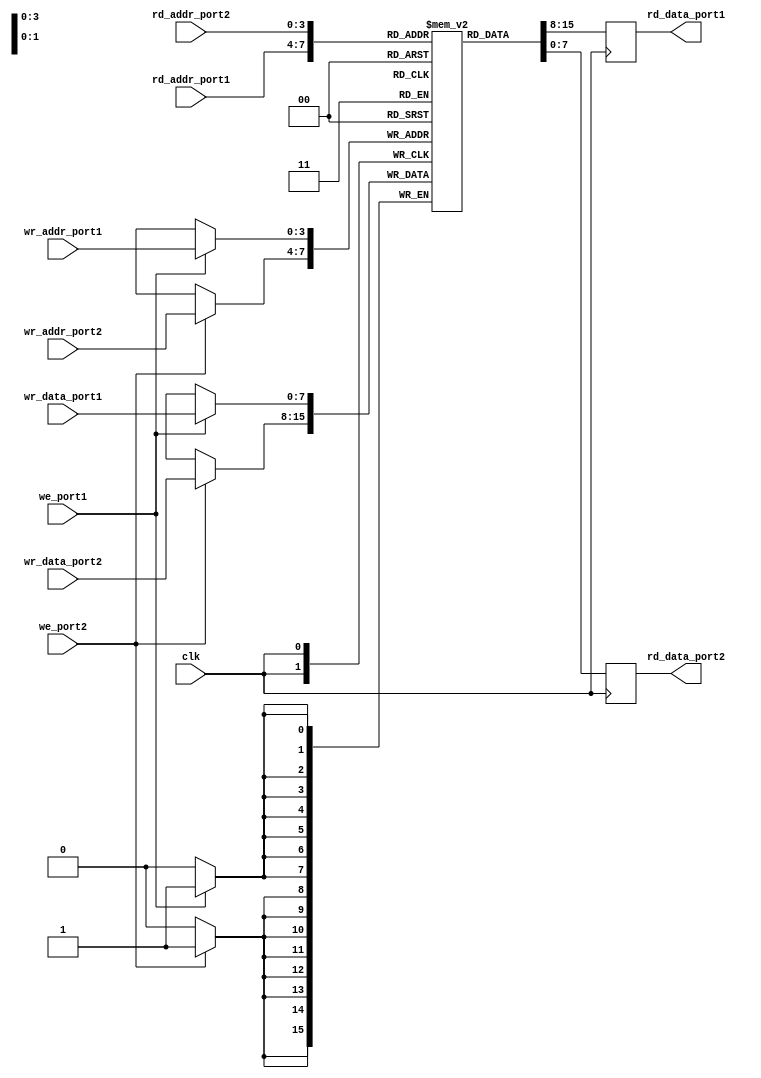
module dual_port_register_file (
    input wire clk,
    input wire [7:0] wr_data_port1,
    input wire [7:0] wr_data_port2,
    input wire [3:0] wr_addr_port1,
    input wire [3:0] wr_addr_port2,
    input wire we_port1,
    input wire we_port2,
    output reg [7:0] rd_data_port1,
    output reg [7:0] rd_data_port2,
    input wire [3:0] rd_addr_port1,
    input wire [3:0] rd_addr_port2
);

reg [7:0] registers [0:15];

always @(posedge clk) begin
    if (we_port1) begin
        registers[wr_addr_port1] <= wr_data_port1;
    end
    if (we_port2) begin
        registers[wr_addr_port2] <= wr_data_port2;
    end
    rd_data_port1 <= registers[rd_addr_port1];
    rd_data_port2 <= registers[rd_addr_port2];
end

endmodule